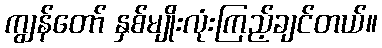
ကျွန်တော် နှစ်မျိုးလုံးကြည့်ချင်တယ်။